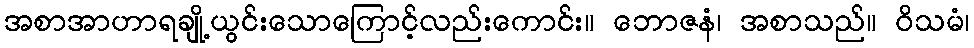
အစာအာဟာရချို့ယွင်းသောကြောင့်လည်းကောင်း။ ဘောဇနံ၊ အစာသည်။ ဝိသမံ၊